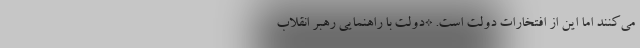
می‌کنند اما این از افتخارات دولت است. *دولت با راهنمایی رهبر انقلاب